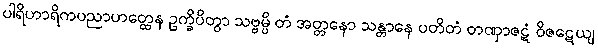
ပါရိဟာရိကပညာဟတ္ထေန ဥက္ခိပိတွာ သဗ္ဗမ္ပိ တံ အတ္တနော သန္တာနေ ပတိတံ တဏှာဇဋံ ဝိဇဋေယျ